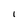
Character: 1